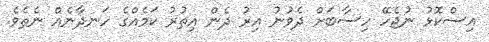
އިސްކޮޅު ނުޖެހޭ ހިސާބަށް ދެވުނު އިރު ދެން އިތުރު ކަމެއްގެ ހަނދާނެއް ނެތެވެ.